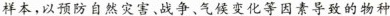
样本，以预防自然灾害、战争、气候变化等因素导致的物种